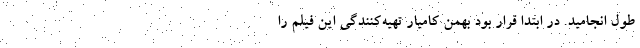
طول انجامید. در ابتدا قرار بود بهمن کامیار تهیه‌کنندگی این فیلم را